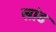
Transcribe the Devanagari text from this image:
लांड